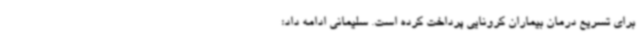
برای تسریع درمان بیماران کرونایی پرداخت کرده است. سلیمانی ادامه داد: